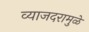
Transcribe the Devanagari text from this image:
व्याजदरामुळे